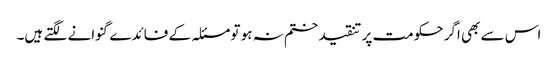
اس سے بھی اگر حکومت پر تنقید ختم نہ ہو تو مسئلہ کے فائدے گنوانے لگتے ہیں۔